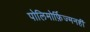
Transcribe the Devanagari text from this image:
पोलिमोर्फ़िज्मनहीं